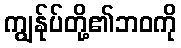
ကျွန်ုပ်တို့၏ဘဝကို